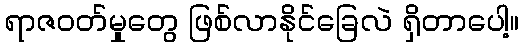
ရာဇဝတ်မှုတွေ ဖြစ်လာနိုင်ခြေလဲ ရှိတာပေါ့။